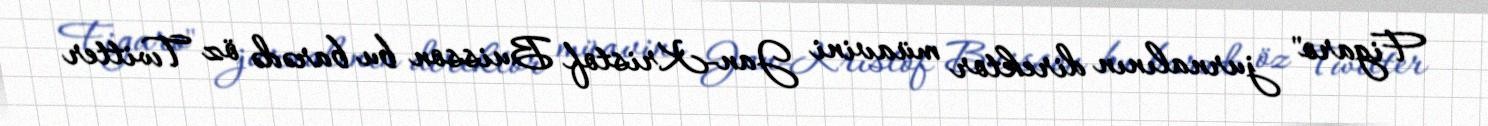
Figaro" jurnalının direktor müavini Jan-Kristof Buisson bu barədə öz Twitter